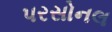
પરસોનલ